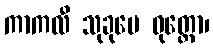
ကာကလီ သုခုမေ ဝုတ္တော၊